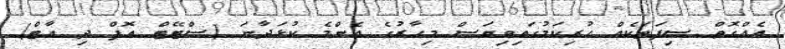
އެއްގޮތް ސިފަތަކެއް ހުރިކަމުގައިވިޔަސް މިހާރުގެ އެންމެ ކުޅަދާނަ (ސްޓޭޓް އޮފް ދި އާޓް)